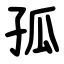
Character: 孤